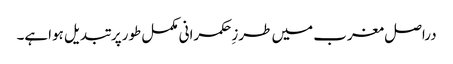
دراصل مغرب میں طرزِحکمرانی مکمل طورپر تبدیل ہواہے۔